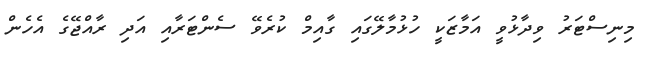
މިނިސްޓަރު ވިދާޅުވީ އަމާޒަކީ ހުޅުމާލޭގައި ގާއިމް ކުރެވޭ ސެންޓަރާއި އަދި ރާއްޖޭގެ އެހެން